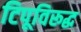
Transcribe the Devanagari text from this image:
टिपूविरूद्ध